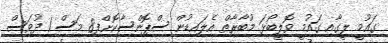
ގައުމީ ލީގާއި ގައުމީ ވޮލީބޯޅަ މުބާރާތް އެލައިޑުން ސްޕޮންސާކޮށްފި8 މަސް 1 ދުވަސް